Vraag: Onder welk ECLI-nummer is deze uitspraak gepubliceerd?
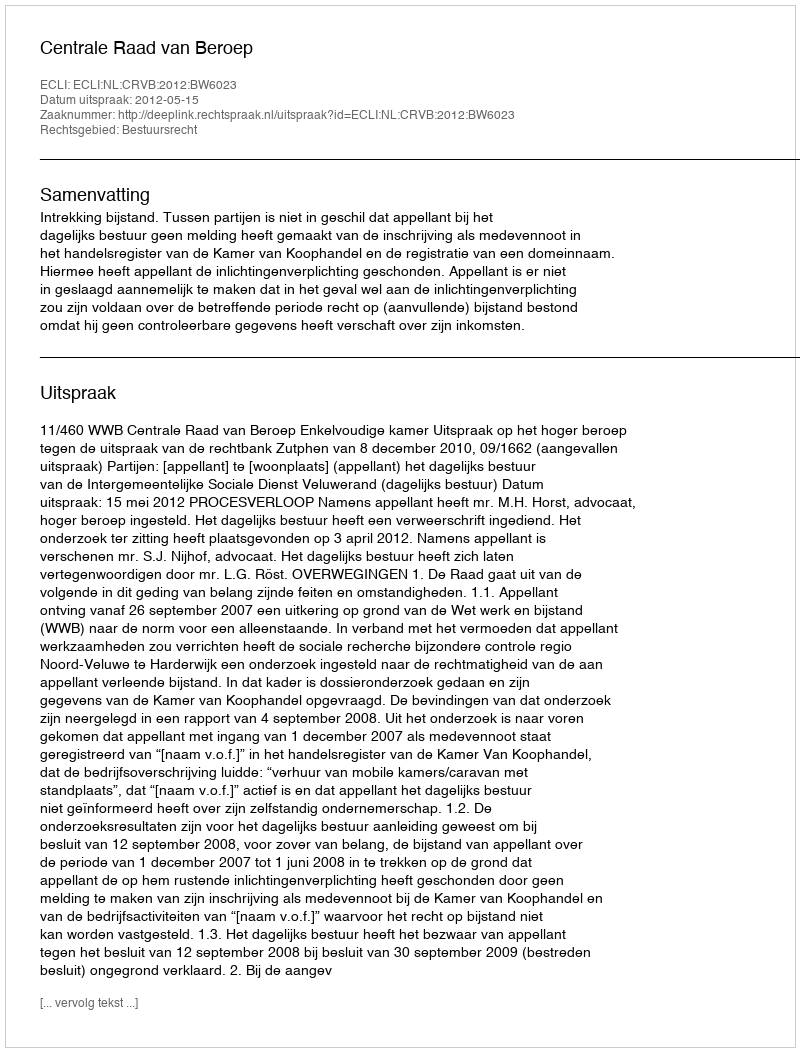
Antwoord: ECLI:NL:CRVB:2012:BW6023